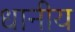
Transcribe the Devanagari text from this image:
धानीय